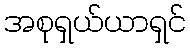
အစုရှယ်ယာရှင်